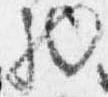
物